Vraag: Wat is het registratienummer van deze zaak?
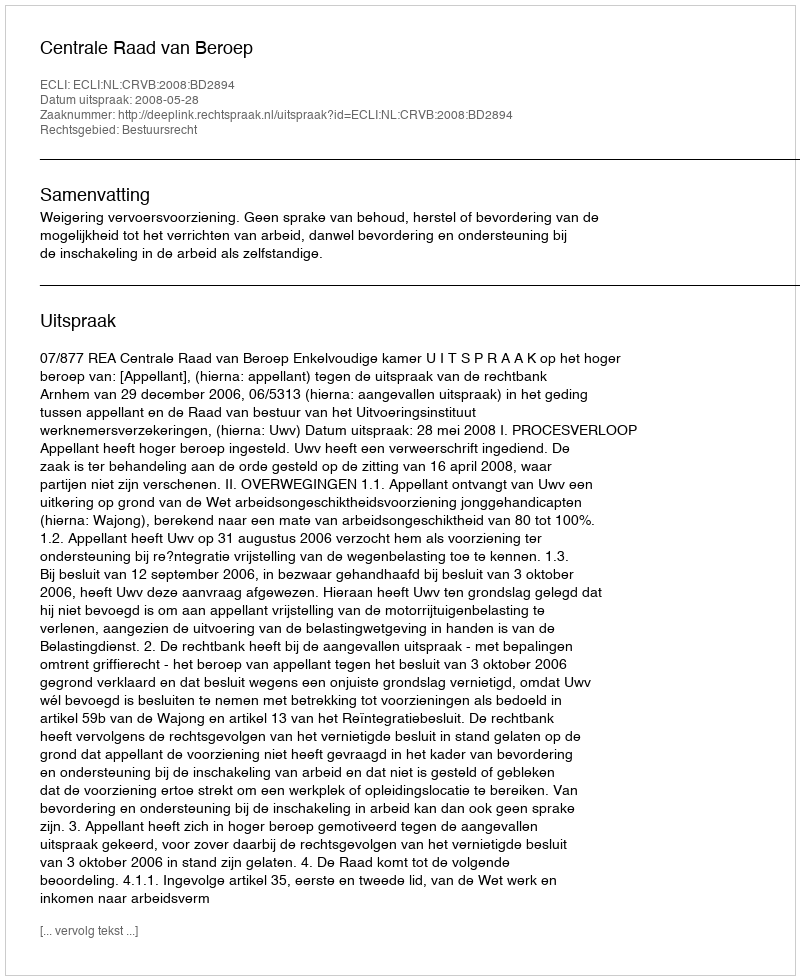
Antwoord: http://deeplink.rechtspraak.nl/uitspraak?id=ECLI:NL:CRVB:2008:BD2894